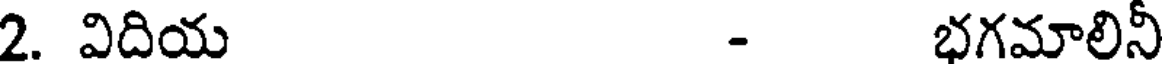
2. విదియ - భగమాలినీ